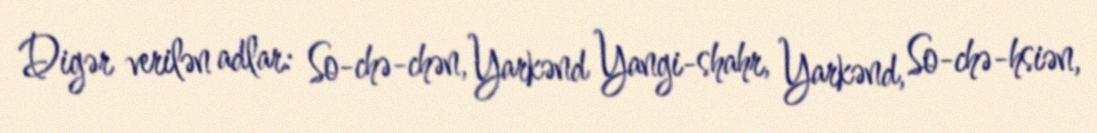
Digər verilən adlar: So-chə-chən, Yarkənd Yangi-shahr, Yarkənd, So-chə-hsiən,